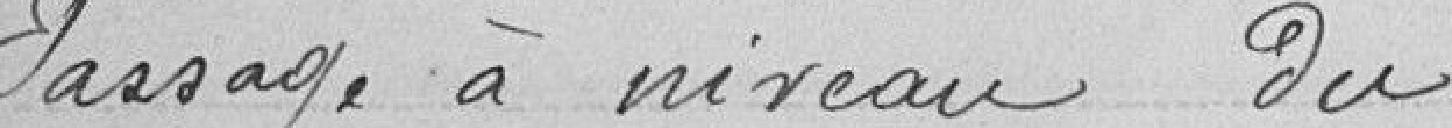
Passage à niveau du